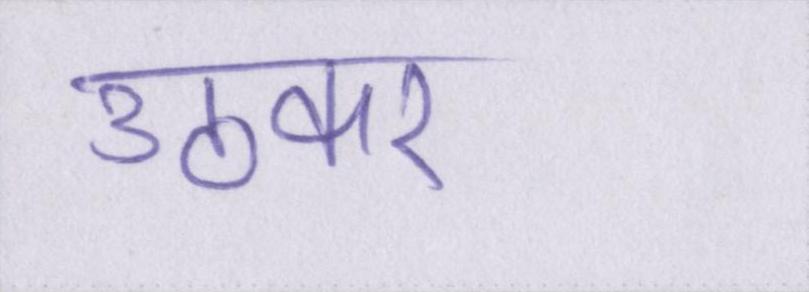
उठकर